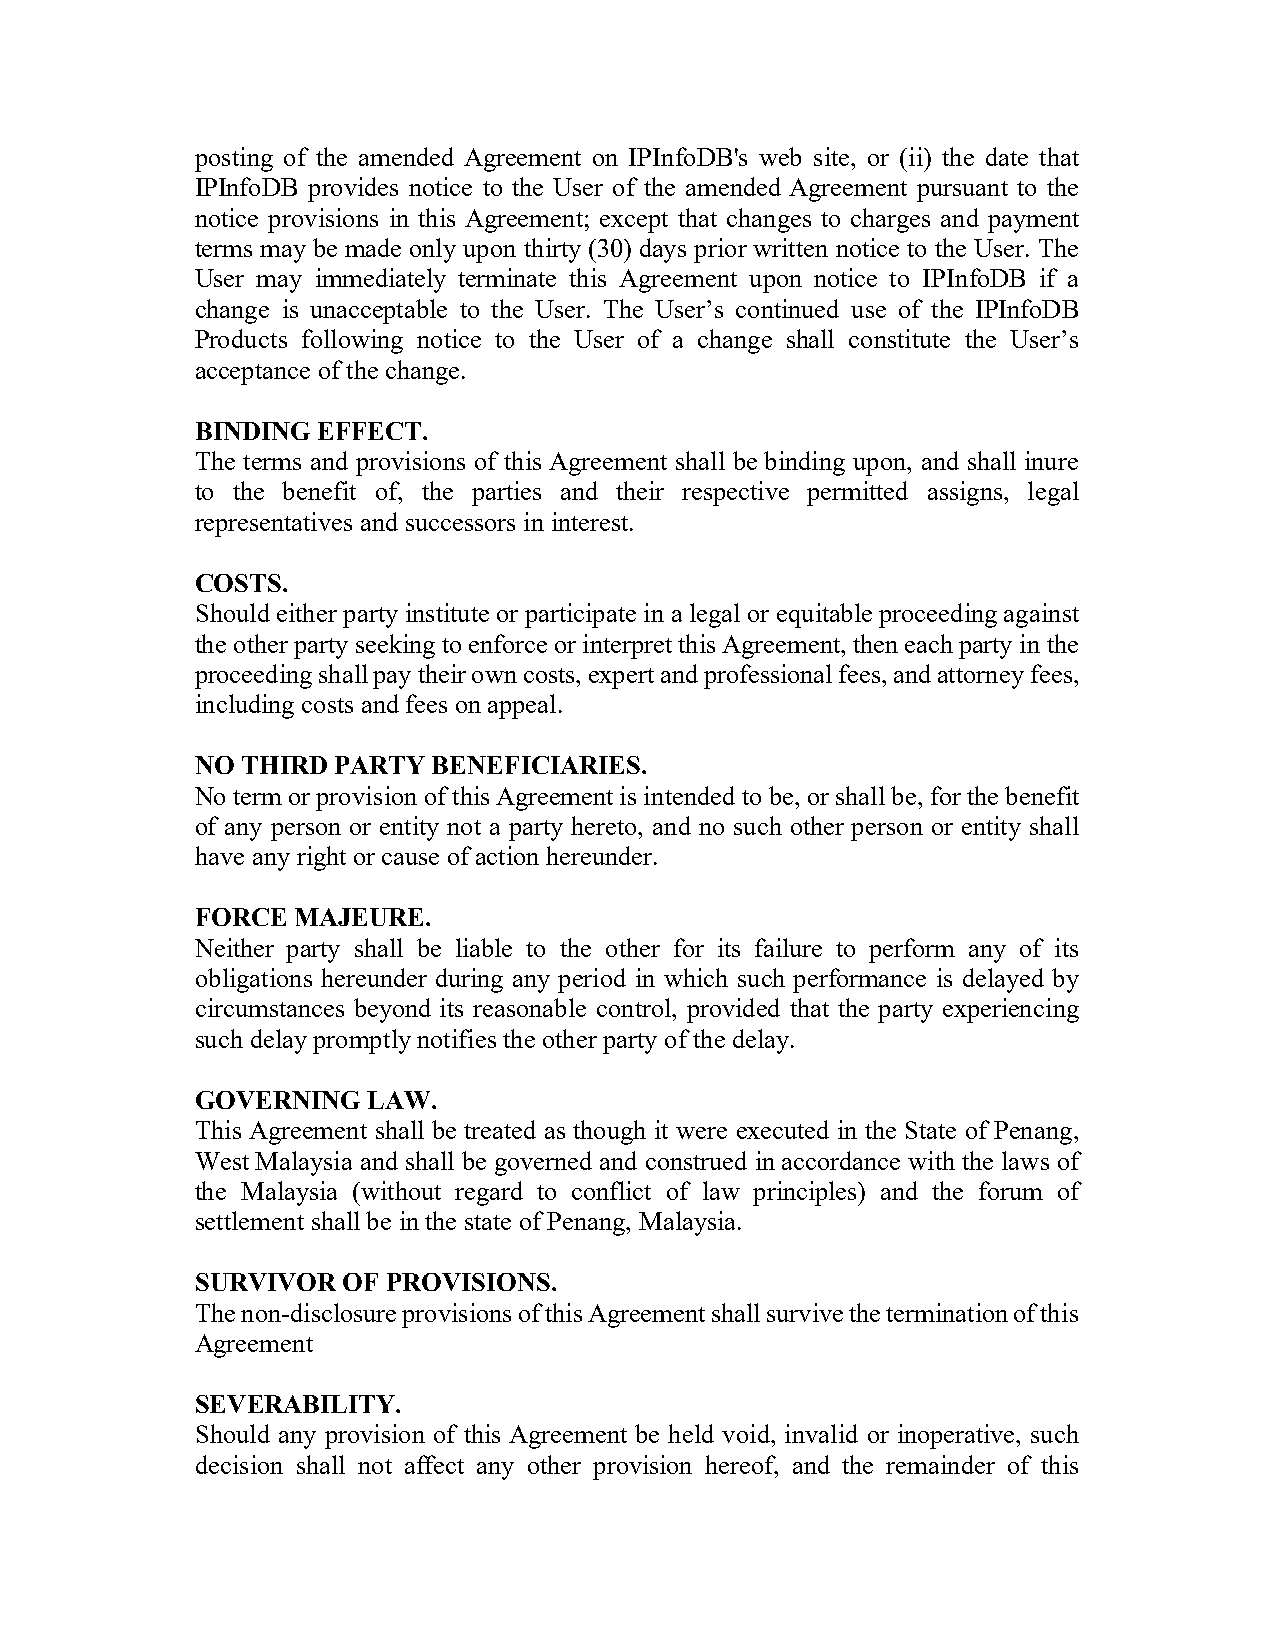
posting of the amended Agreement on IPInfoDB's web site, or (ii) the date that
 IPInfoDB provides notice to the User of the amended Agreement pursuant to the
 notice provisions in this Agreement; except that changes to charges and payment
 terms may be made only upon thirty (30) days prior written notice to the User. The
 User may immediately terminate this Agreement upon notice to IPInfoDB if a
 change is unacceptable to the User. The User’s continued use of the IPInfoDB
 Products following notice to the User of a change shall constitute the User’s
 acceptance of the change.
 BINDING EFFECT.
 The terms and provisions of this Agreement shall be binding upon, and shall inure
 to the benefit of, the parties and their respective permitted assigns, legal
 representatives and successors in interest.
 COSTS.
 Should either party institute or participate in a legal or equitable proceeding against
 the other party seeking to enforce or interpret this Agreement, then each party in the
 proceeding shall pay their own costs, expert and professional fees, and attorney fees,
 including costs and fees on appeal.
 NO THIRD PARTY  BENEFICIARIES.
 No term or provision of this Agreement is intended to be, or shall be, for the benefit
 of any person or entity not a party hereto, and no such other person or entity shall
 have any right or cause of action hereunder.
 FORCE MAJEURE.
 Neither party shall be liable to the other for its failure to perform any of its
 obligations hereunder during any period in which such performance is delayed by
 circumstances beyond its reasonable control, provided that the party experiencing
 such delay promptly notifies the other party of the delay.
 GOVERNING  LAW.
 This Agreement shall be treated as though it were executed in the State of Penang,
 West Malaysia and shall be governed and construed in accordance with the laws of
 the Malaysia (without regard to conflict of law principles) and the forum of
 settlement shall be in the state of Penang, Malaysia.
 SURVIVOR  OF PROVISIONS.
 The non-disclosure provisions of this Agreement shall survive the termination of this
 Agreement
 SEVERABILITY.
 Should any provision of this Agreement be held void, invalid or inoperative, such
 decision shall not affect any other provision hereof, and the remainder of this